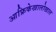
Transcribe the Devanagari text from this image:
आफ्रिकेखालोखाल